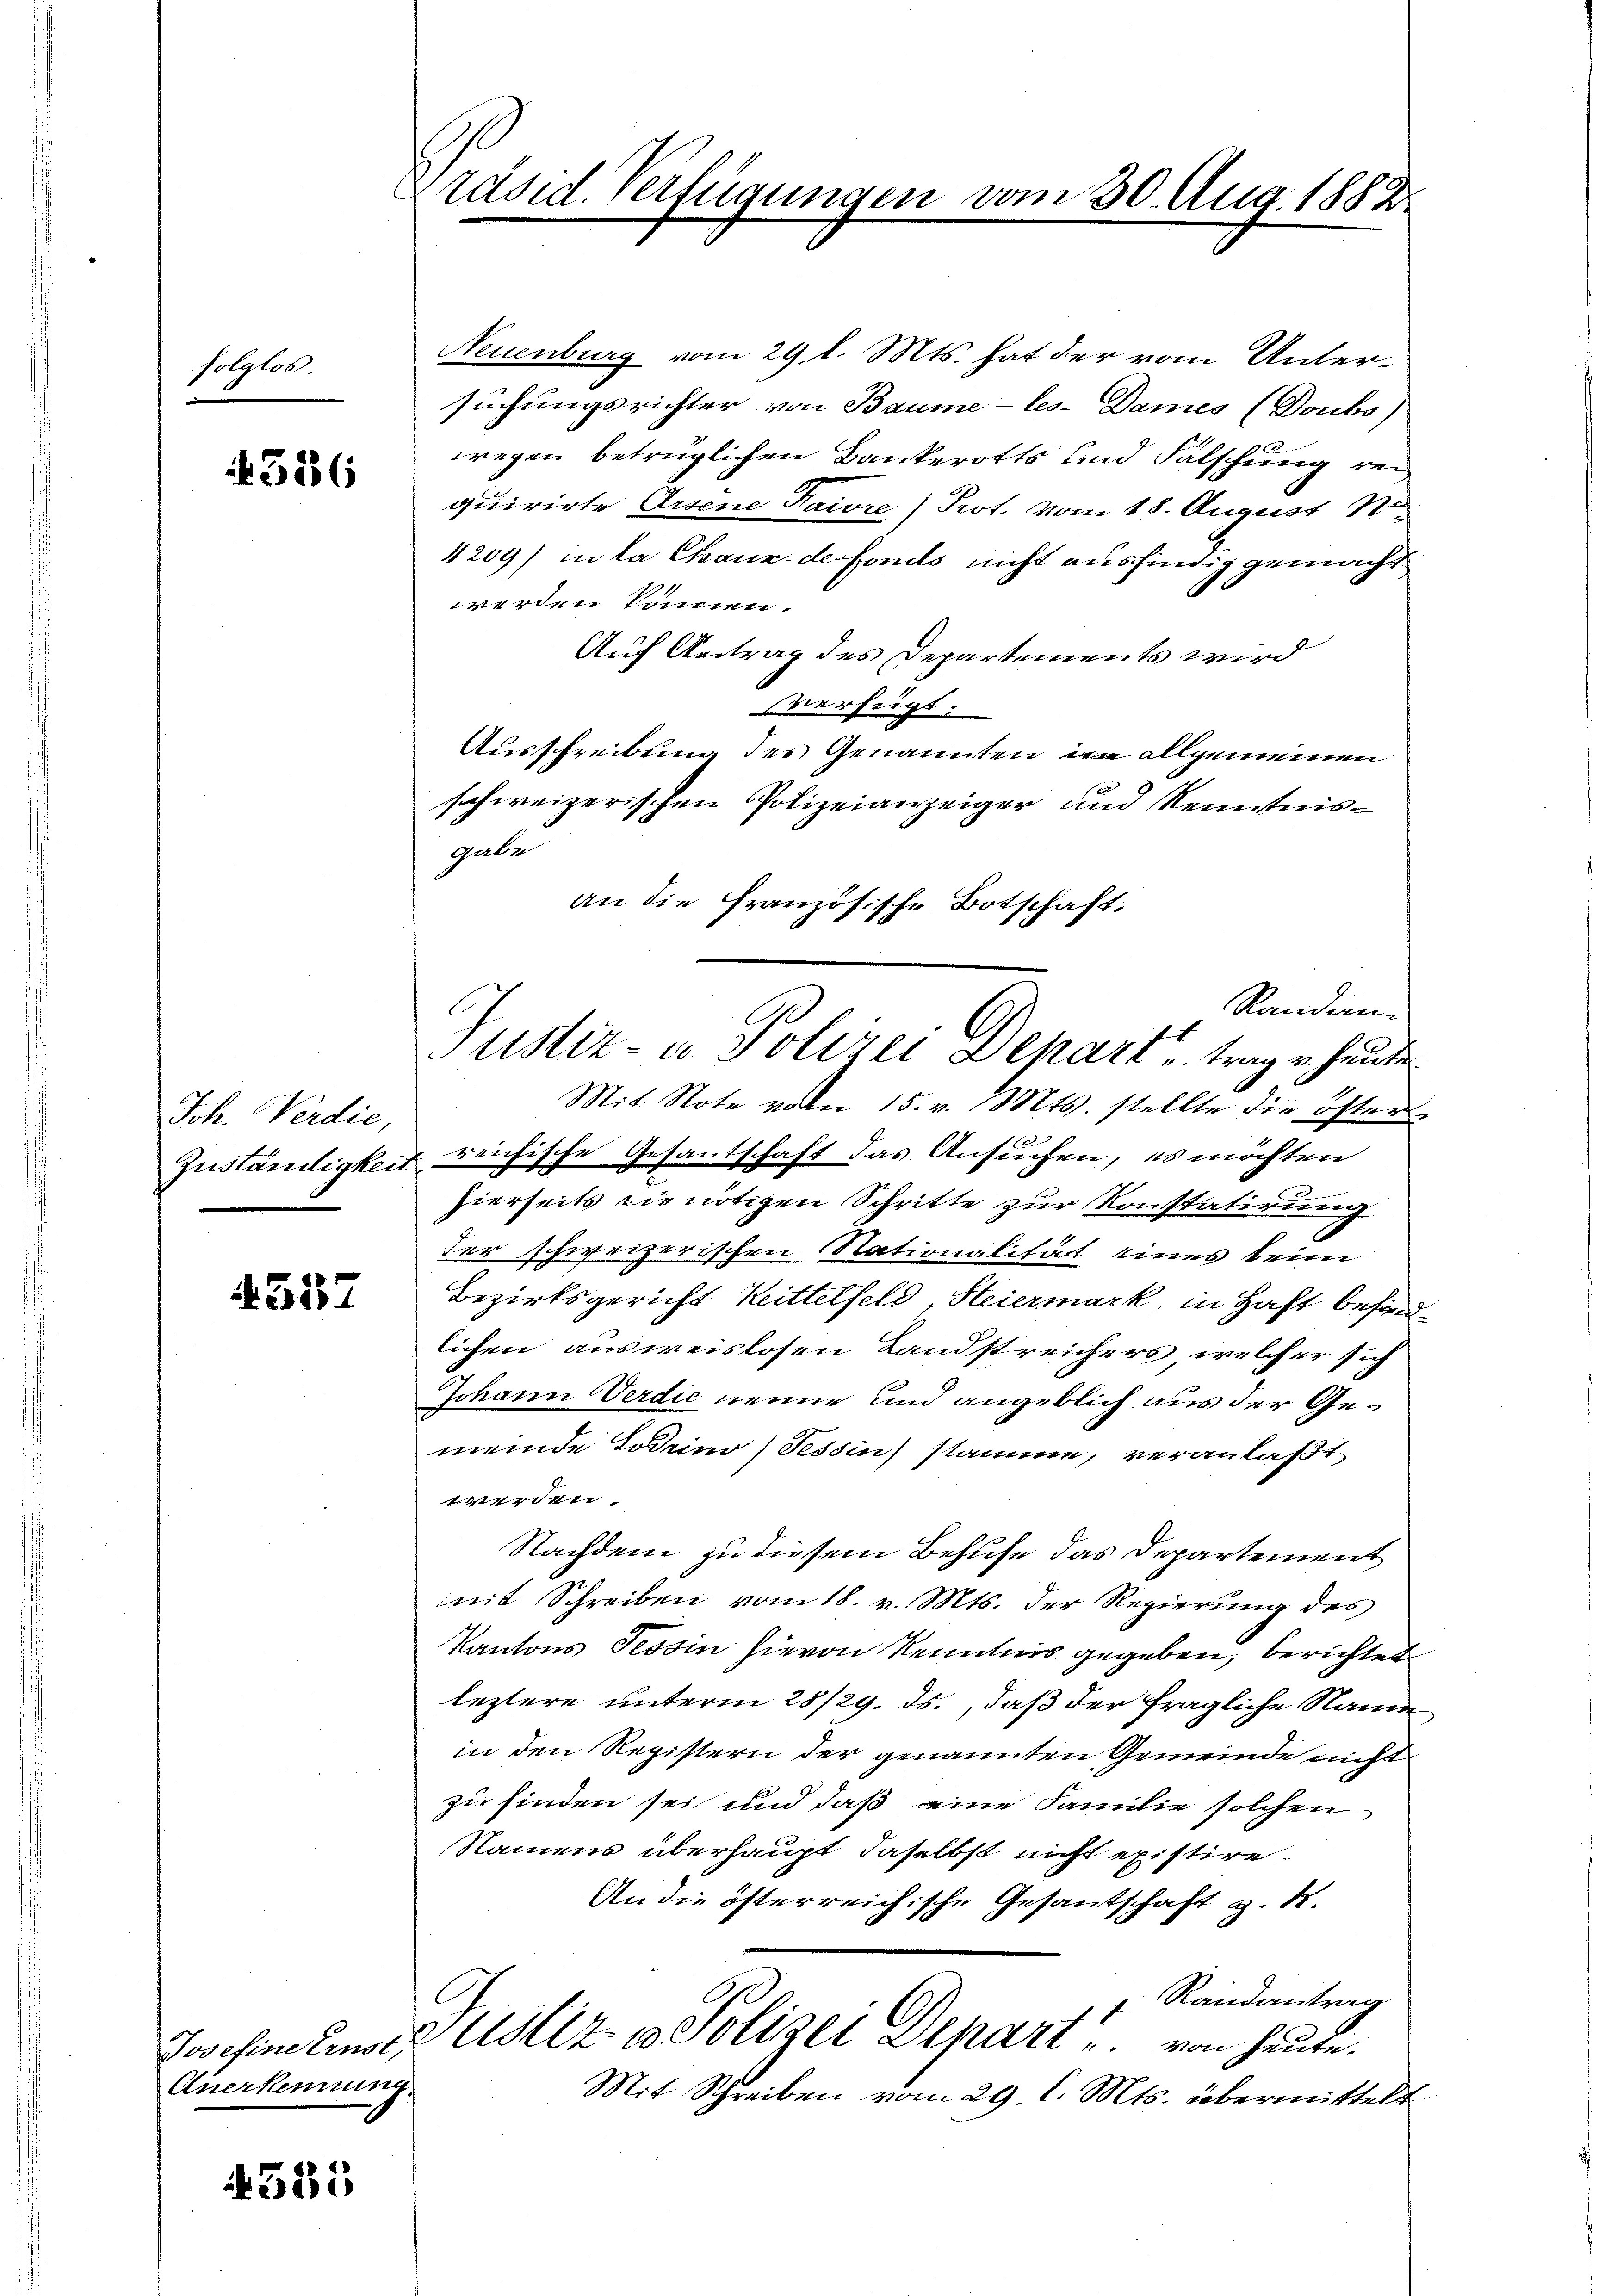
folglos.

4336

Jch. Verdie,
Zuständigkeit

4537

Anerkennung.

4355

Präsid. Verfügungen vom 30. Aug. 1882

Neuenburg vom 29. l. Mts. hat der vom Untersuchungsrichter von Baume -les-Dames (Doubo)
wegen betrüglichen Bankerotts und Falschung reiquirirte Arsene Pawre) Prot. vom 18. August 17
4209) in la Chaux de fonds nicht ausfindig gemacht
werden können.
Auf Antrag des Departements wird
verfügt:
Ausschreibung des Genannten im allgemeinen
schweizerischen Polizeianzeiger und Kenntnisgabe
an die französische Botschaft.
Mit Note von 15. v. Mts. stellte die östen
& reichische Gesantschaft das Ansuchen, es möchten
hierseits die nötigen Schritte zur Konstatirung
der schweizerischen Nationalität eines beim
Bezirksgericht Reittelfeld, Steiermark, in Haft befindlichen ausweislosen Landstreichers, welcher sich
Johann Verdie nenne und angeblich aus der Gemeinde Todrino (Tessin stamme, veranlaßt
werden.
Nachdem zu diesem Behufe das Departement
mmit Schreiben vom 18. v. Mts. der Regierung des
Kantons Tessin hievon Kenntnis gegeben, berichtet
leztere unterm 28/29. ds., daß der fragliche Name
in den Registern der genannten Gemeinde nicht
zu finden sei und daß eine Familie solchen
Namens überhaupt daselbst nicht existire.
An die österreichische Gesantschaft z. B.
Randantrag
Josefinitinste Astiz u. Polizei Depart u. von heute.
Mit Schreiben vom 29. l. Mts. übermittelt

Randan-
Justiz- u. Polizei Depart, trag er heute